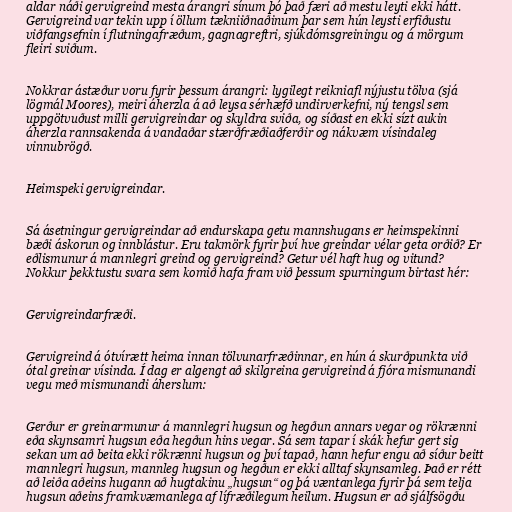
aldar náði gervigreind mesta árangri sínum þó það færi að mestu leyti ekki hátt.
Gervigreind var tekin upp í öllum tækniiðnaðinum þar sem hún leysti erfiðustu
viðfangsefnin í flutningafræðum, gagnagreftri, sjúkdómsgreiningu og á mörgum
fleiri sviðum.

Nokkrar ástæður voru fyrir þessum árangri: lygilegt reikniafl nýjustu tölva (sjá
lögmál Moores), meiri áherzla á að leysa sérhæfð undirverkefni, ný tengsl sem
uppgötvuðust milli gervigreindar og skyldra sviða, og síðast en ekki sízt aukin
áherzla rannsakenda á vandaðar stærðfræðiaðferðir og nákvæm vísindaleg
vinnubrögð.

Heimspeki gervigreindar.

Sá ásetningur gervigreindar að endurskapa getu mannshugans er heimspekinni
bæði áskorun og innblástur. Eru takmörk fyrir því hve greindar vélar geta orðið? Er
eðlismunur á mannlegri greind og gervigreind? Getur vél haft hug og vitund?
Nokkur þekktustu svara sem komið hafa fram við þessum spurningum birtast hér:

Gervigreindarfræði.

Gervigreind á ótvírætt heima innan tölvunarfræðinnar, en hún á skurðpunkta við
ótal greinar vísinda. Í dag er algengt að skilgreina gervigreind á fjóra mismunandi
vegu með mismunandi áherslum:

Gerður er greinarmunur á mannlegri hugsun og hegðun annars vegar og rökrænni
eða skynsamri hugsun eða hegðun hins vegar. Sá sem tapar í skák hefur gert sig
sekan um að beita ekki rökrænni hugsun og því tapað, hann hefur engu að síður beitt
mannlegri hugsun, mannleg hugsun og hegðun er ekki alltaf skynsamleg. Það er rétt
að leiða aðeins hugann að hugtakinu „hugsun“ og þá væntanlega fyrir þá sem telja
hugsun aðeins framkvæmanlega af lífræðilegum heilum. Hugsun er að sjálfsögðu